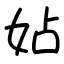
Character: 㚲